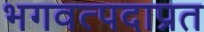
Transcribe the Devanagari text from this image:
भगवत्पदाप्रत